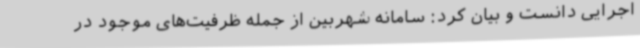
اجرایی دانست و بیان کرد: سامانه شهربین از جمله ظرفیت‌های موجود در